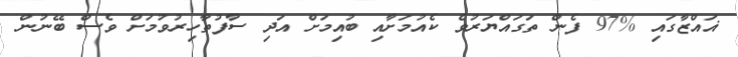
ޣައްޒާގައި %97 ފެން ތަގައްޔަރުވެ ކެއުމަށާއި ބުއިމަށް އަދި ސާފުތާހިރުވުމަށް ވެސް ބޭނުން